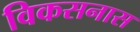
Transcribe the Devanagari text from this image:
विकसनास